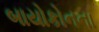
બાયોકોનના